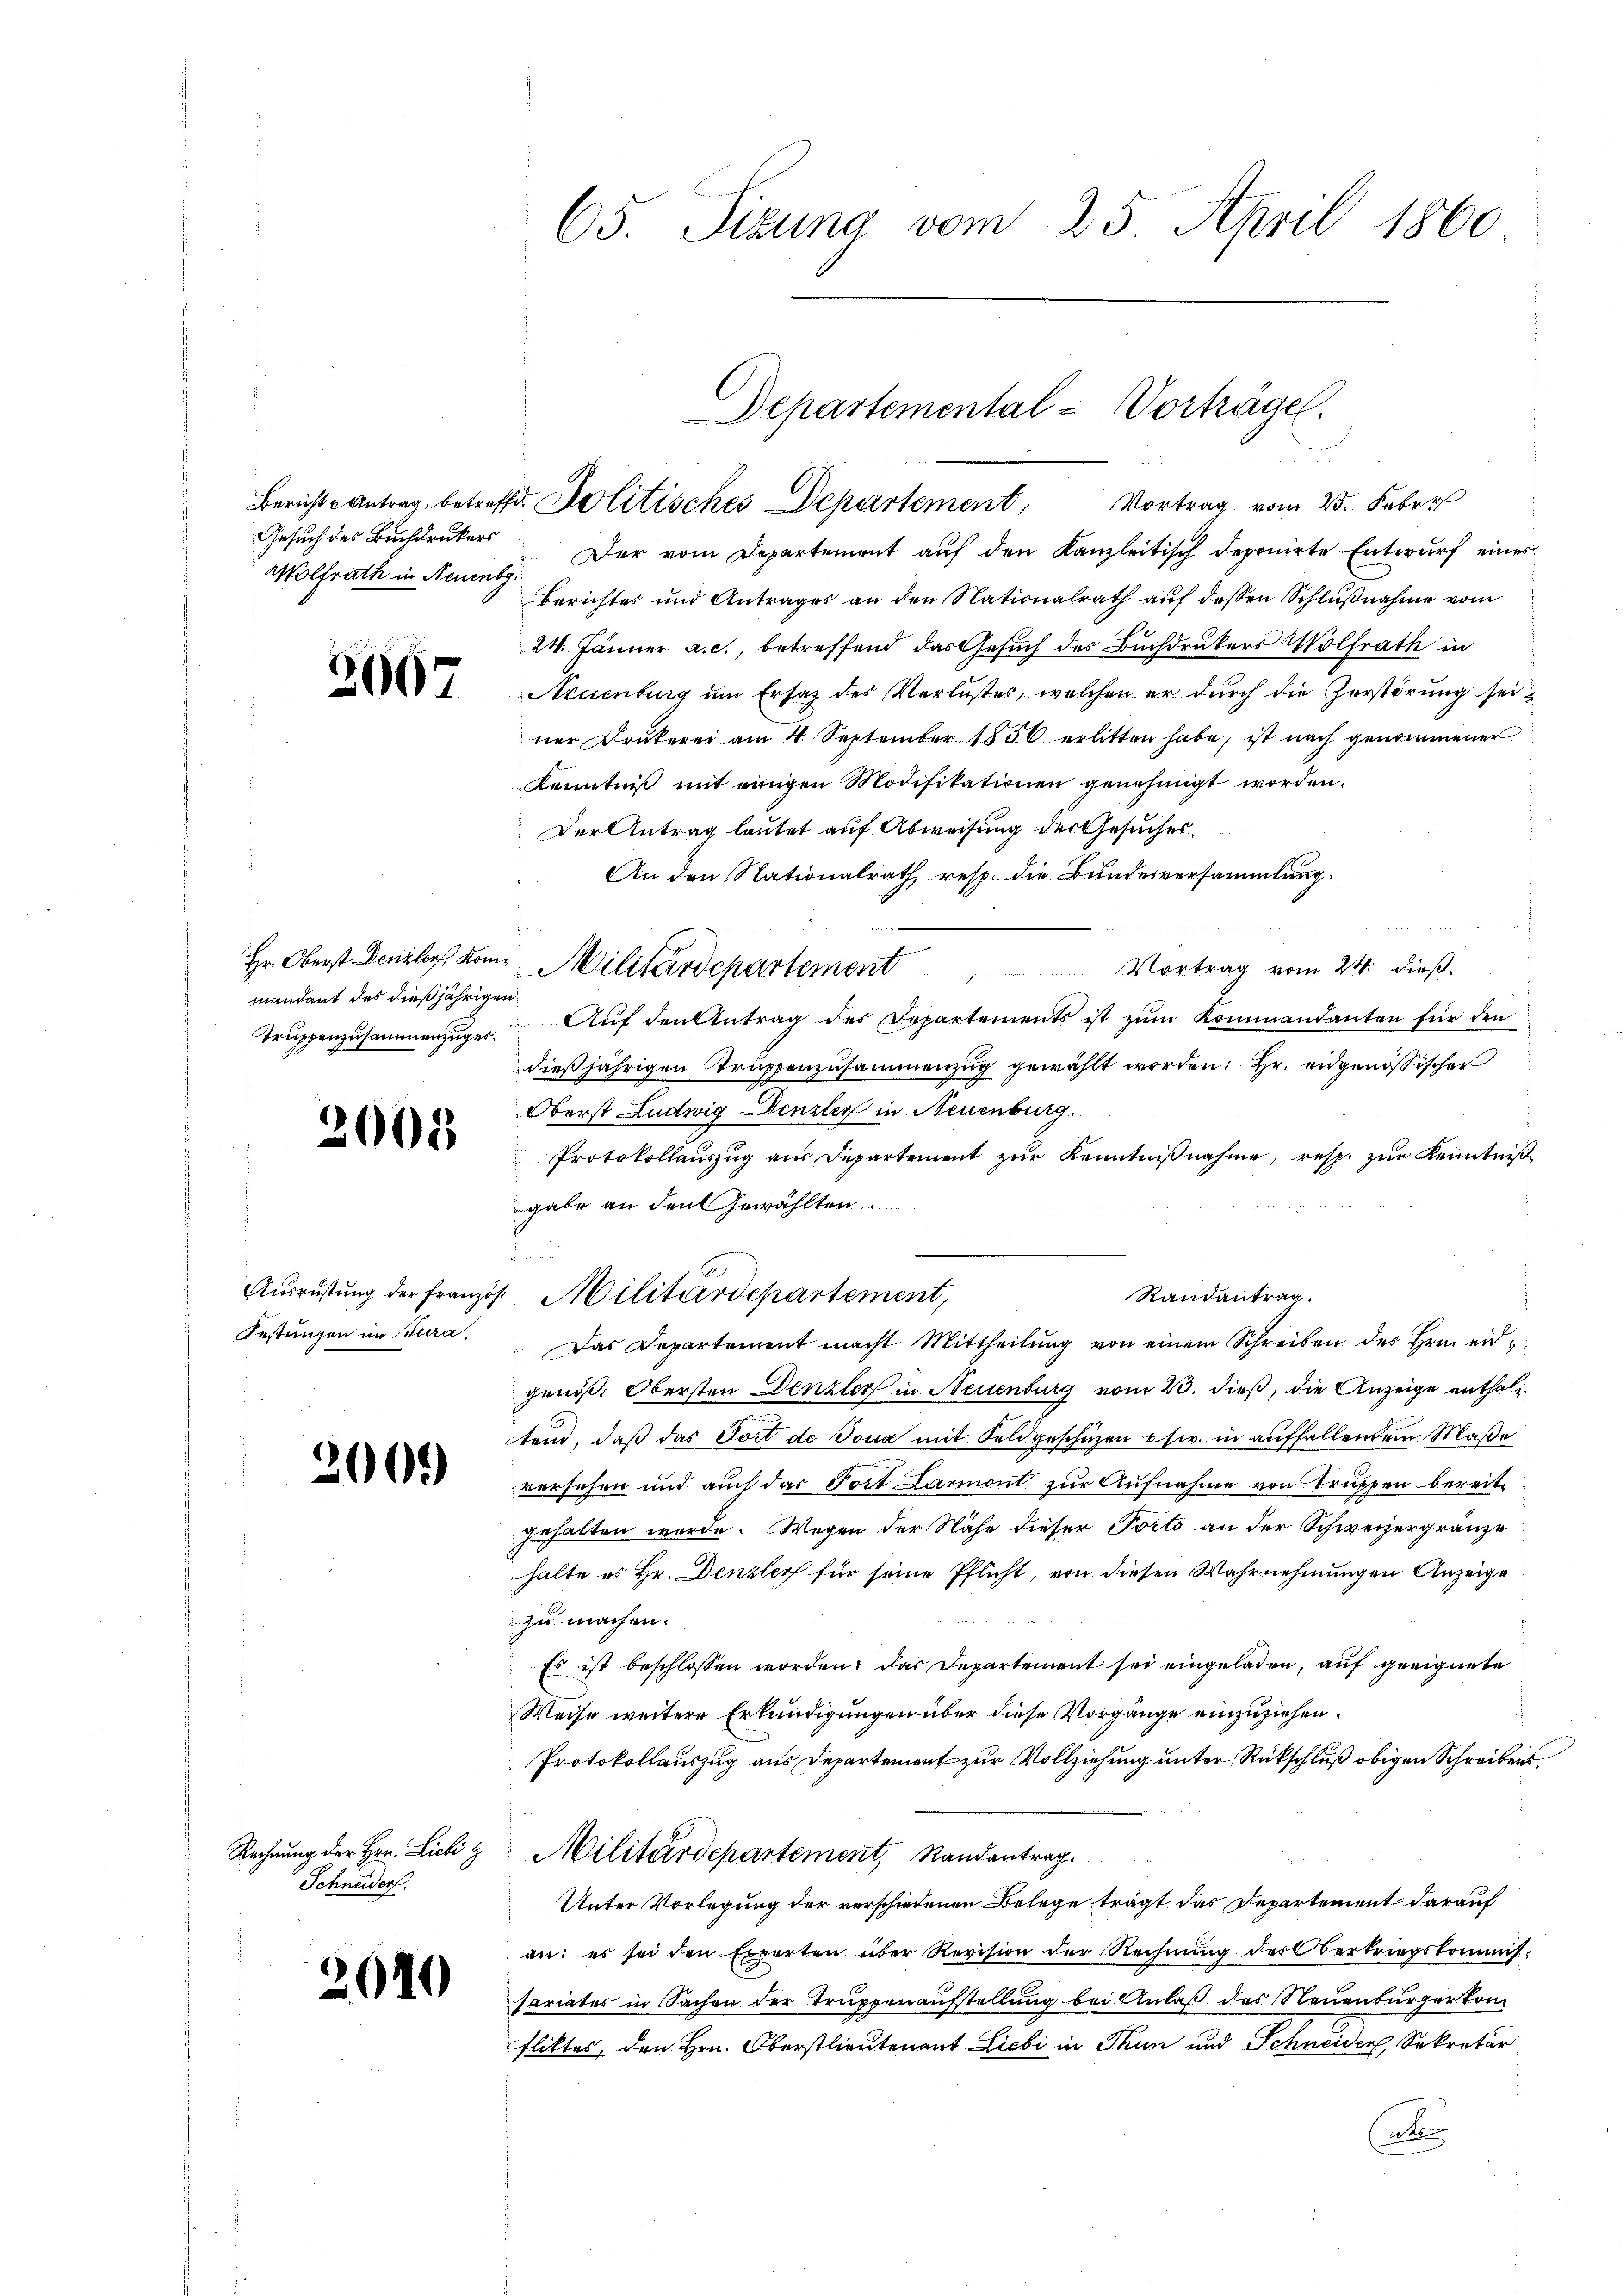
Wolfrath in Neuenbg.

2007

mandant des dießjährigen
Truppenzusammenzuges.

2005

Festungen im Jura,

3000

Rechnung der Hrn. Lieli z
Schneiders.

2610

65. Sizung vom 25. April 1860

Gesuch des Buchdruckers Der vom Departement auf den Kanzleitisch deponirte Entwurf eines
Berichtes und Antrages an den Stationalrath auf dessen Schlußnahme vom
24. Jänner a. c., betreffend das Gesuch des Buchdrukers Wolfrath in
Neuenburg um Ersatz des Verlustes, welchen er durch die Zerstörung seiner Drukerei am 4. September 1856 erlitten habe, ist nach genommener
Kenntniß mit einigen Modifikationen genehmigt worden.
Der Antrag lautet auf Abweisung der Gesuches
An den Nationalrath resp. die Bundesversammlung.
Vortrag vom 24. dieß.
Aŭf den Antrag des Departements ist zŭm Kommandanten für den
dießjährigen Truppenzusammenzug gewählt worden: Hr. eidgenössischer
Oberst Ludwig Denzler in Neuenburg.
Protokollauszug aus Departement zŭr Kenntniβnahme, resp. zur Kenntniß
gabe an den Gewählten.
Das Departement macht Mittheilung von einem Schreiben des Hrn. eidgenoß. Obersten Denzler in Neuenburg vom 23. dieß, die Anzeige enthaltend, daß das Fort de Joux mit Feldgeschüzen etc. in auffallendem Maße
versehen und auch das Fort Larmont zur Aufnahme von Truppen bereite
gehalten wurde. Wegen der Nähe dieser Porto an der Schweizergränze
halte es Hr. Denzley für seine Pflicht, von diesen Wahrnehmungen Anzeige
zu machen.
Es ist beschlossen worden, das Departement sei eingeladen, auf geeignete
Weise weitere Erkundigungen über diese Vorgänge einzuziehen.
Protokollauszug aus Departement zur Vollziehung unter Rückschluß obigen Schreibens
Militärdepartement, Randantrag.
Unter Vorlegung der verschiedenen Belege trägt das Departement darauf
an: es sei den Experten über Revision der Rechnŭng des Oberkriegskommis-
sariates in Sachen der Truppenaufstellung bei Anlaß des Neuenburgerkomfliktes, den Hrn. Oberstlieutenant Liebi in Thun und Schneider, Sekretär
A

Departemental-Vorträge.
Bericht Antrag, betreffd. Politisches Departement, Vortrag vom 25. Feber

Hr. Oberst Denzler kam Militärdepartement

Aŭsrŭstŭng der Französ. Militärdepartement,

Randantrag.